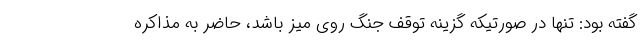
گفته بود: تنها در صورتیکه گزینه توقف جنگ روی میز باشد، حاضر به مذاکره